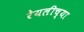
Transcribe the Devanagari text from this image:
रेयलीच्या